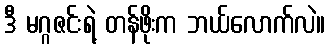
ဒီ မဂ္ဂဇင်းရဲ့ တန်ဖိုးက ဘယ်လောက်လဲ။